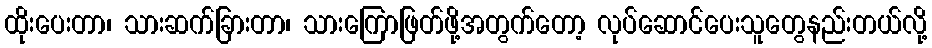
ထိုးပေးတာ၊ သားဆက်ခြားတာ၊ သားကြောဖြတ်ဖို့အတွက်တော့ လုပ်ဆောင်ပေးသူတွေနည်းတယ်လို့